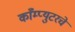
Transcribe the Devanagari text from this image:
काँम्प्युटरचे